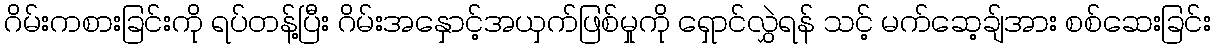
ဂိမ်းကစားခြင်းကို ရပ်တန့်ပြီး ဂိမ်းအနှောင့်အယှက်ဖြစ်မှုကို ရှောင်လွှဲရန် သင့် မက်ဆေ့ချ်အား စစ်ဆေးခြင်း